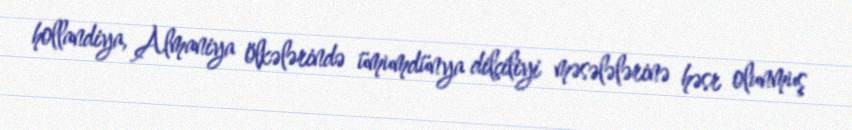
hollandiya, Almaniya ölkələrində ümumdünya dilçiliyi məsələlərinə həsr olunmuş